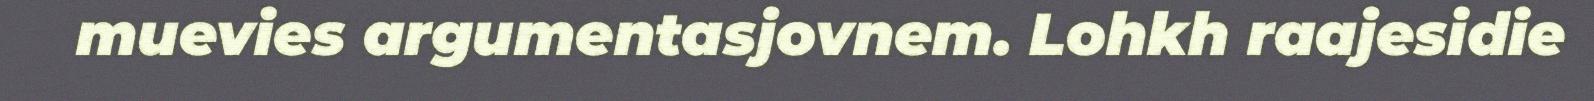
muevies argumentasjovnem. Lohkh raajesidie